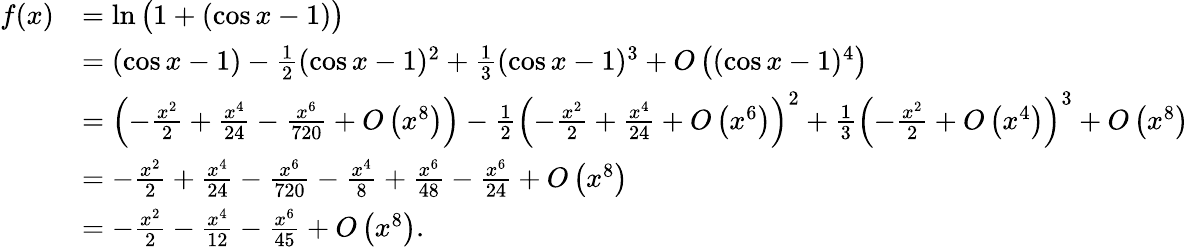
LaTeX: {\begin{array}{rl}{f(x)}&{=\ln{\bigl(}1+(\cos x-1){\bigr)}}\\ &{=(\cos x-1)-{\frac{1}{2}}(\cos x-1)^{2}+{\frac{1}{3}}(\cos x-1)^{3}+{O}\left((\cos x-1)^{4}\right)}\\ &{=\left(-{\frac{x^{2}}{2}}+{\frac{x^{4}}{24}}-{\frac{x^{6}}{720}}+{O}\left(x^{8}\right)\right)-{\frac{1}{2}}\left(-{\frac{x^{2}}{2}}+{\frac{x^{4}}{24}}+{O}\left(x^{6}\right)\right)^{2}+{\frac{1}{3}}\left(-{\frac{x^{2}}{2}}+O\left(x^{4}\right)\right)^{3}+{O}\left(x^{8}\right)}\\ &{=-{\frac{x^{2}}{2}}+{\frac{x^{4}}{24}}-{\frac{x^{6}}{720}}-{\frac{x^{4}}{8}}+{\frac{x^{6}}{48}}-{\frac{x^{6}}{24}}+O\left(x^{8}\right)}\\ &{=-{\frac{x^{2}}{2}}-{\frac{x^{4}}{12}}-{\frac{x^{6}}{45}}+O\left(x^{8}\right).}\end{array}}